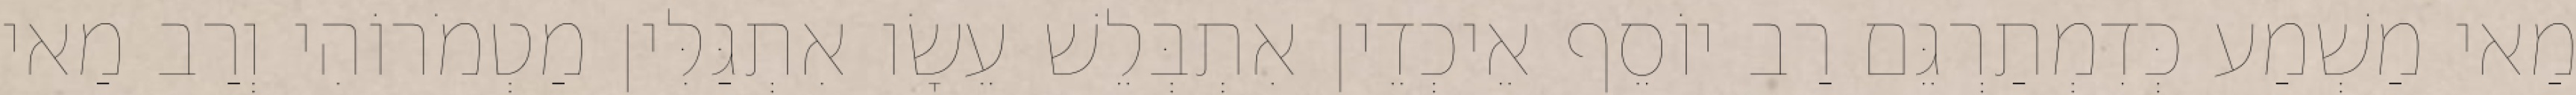
מַאי מַשְׁמַע כְּדִמְתַרְגֵּם רַב יוֹסֵף אֵיכְדֵין אִתְבְּלֵשׁ עֵשָׂו אִתְגַּלִּין מַטְמֹרוֹהִי וְרַב מַאי